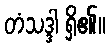
တံသဒ္ဒါ ရှိ၏။